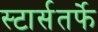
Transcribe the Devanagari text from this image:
स्टार्सतर्फे